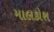
માલકોશ